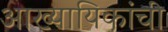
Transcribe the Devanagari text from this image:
आख्यायिकांची